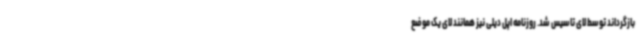
بازگرداند توسط لای تاسیس شد. روزنامه اپل دیلی نیز همانند لای یک موضع